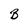
Character: B